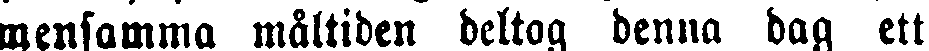
mensamma måltiden deltog denna dag ett